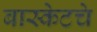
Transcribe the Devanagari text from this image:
बास्केटचे